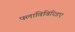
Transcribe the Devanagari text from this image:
फ्लाविविरिडए